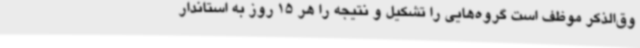
وق‌الذکر موظف است گروه‌هایی را تشکیل و نتیجه را هر 15 روز به استاندار